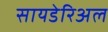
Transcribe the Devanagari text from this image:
सायडेरिअल